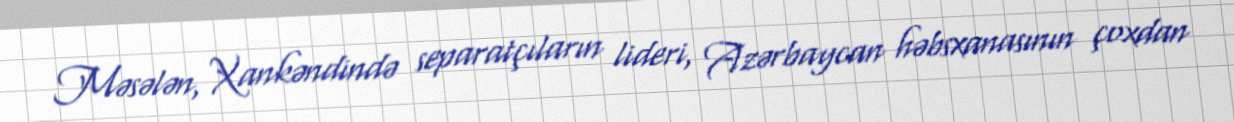
Məsələn, Xankəndində separatçıların lideri, Azərbaycan həbsxanasının çoxdan